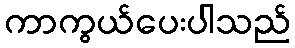
ကာကွယ်ပေးပါသည်